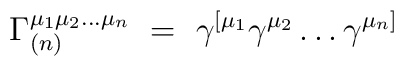
\Gamma_{(n)}^{\mu_1 \mu_2 \ldots \mu_n} ~=~ \gamma^{[\mu_1} \gamma^{\mu_2}\ldots \gamma^{\mu_n]}